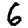
Digit: 6